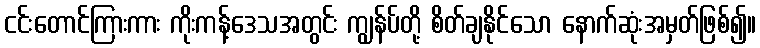
ငင်းတောင်ကြားကား ကိုးကန့်ဒေသအတွင်း ကျွန်ပ်တို့ စိတ်ချနိုင်သော နောက်ဆုံးအမှတ်ဖြစ်၍။